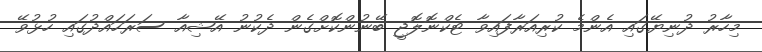
މިހާރު ދުނިޔޭގައި އެންމެ ކުރިއަރާފައިވާ ޓެކްނޮލޮޖީ ބޭނުންކޮށްގެން ދެކުނު އޭޝިއާ ސަރަހައްދުގައި ހުޅުވޭ